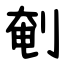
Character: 剦